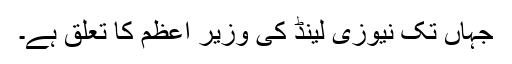
جہاں تک نیوزی لینڈ کی وزیر اعظم کا تعلق ہے۔